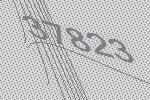
37823